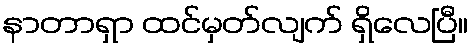
နာတာရှာ ထင်မှတ်လျက် ရှိလေပြီ။